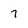
Character: 7